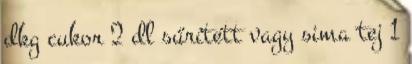
dkg cukor 2 dl sűrített vagy sima tej 1